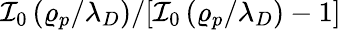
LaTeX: \mathcal{I}_{0}\left(\varrho_{p}/\lambda_{D}\right)/[\mathcal{I}_{0}\left(\varrho_{p}/\lambda_{D}\right)-1]